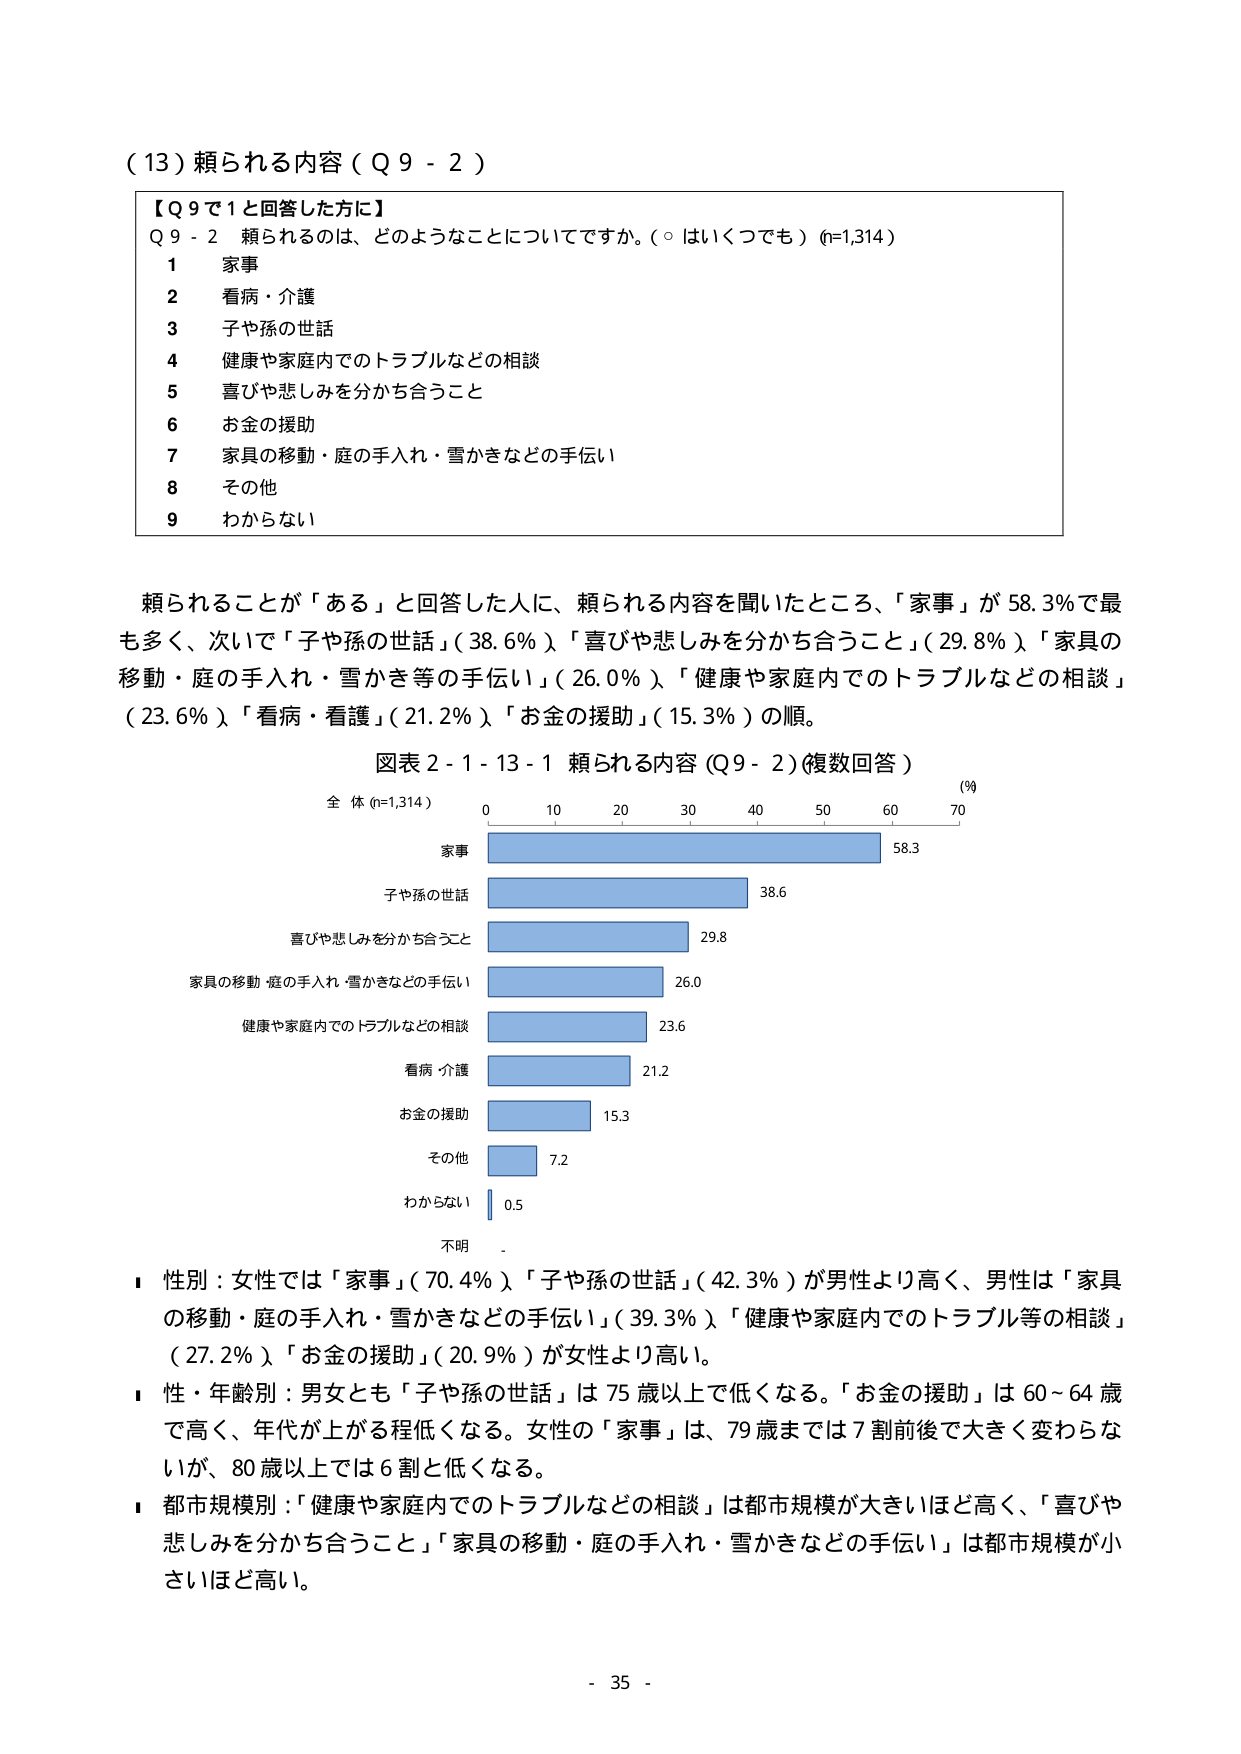
（13）頼られる内容（Q9-2）

【Q9で1と回答した方に】
Q9-2 頼られるのは、どのようなことについてですか。（○はいくつでも）(n=1,314)
1 家事
2 看病・介護
3 子や孫の世話
4 健康や家庭内でのトラブルなどの相談
5 喜びや悲しみを分かち合うこと
6 お金の援助
7 家具の移動・庭の手入れ・雪かきなどの手伝い
8 その他
9 わからない

頼られることが「ある」と回答した人に、頼られる内容を聞いたところ、「家事」が58.3％で最も多く、次いで「子や孫の世話」（38.6％）、「喜びや悲しみを分かち合うこと」（29.8％）、「家具の移動・庭の手入れ・雪かき等の手伝い」（26.0％）、「健康や家庭内でのトラブルなどの相談」（23.6％）、「看病・看護」（21.2％）、「お金の援助」（15.3％）の順。

図表2-1-13-1 頼られる内容（Q9-2）（複数回答）
全体（n=1,314）
(％)
0 10 20 30 40 50 60 70
家事 58.3
子や孫の世話 38.6
喜びや悲しみを分かち合うこと 29.8
家具の移動・庭の手入れ・雪かきなどの手伝い 26.0
健康や家庭内でのトラブルなどの相談 23.6
看病・介護 21.2
お金の援助 15.3
その他 7.2
わからない 0.5
不明 -

■ 性別：女性では「家事」（70.4％）、「子や孫の世話」（42.3％）が男性より高く、男性は「家具の移動・庭の手入れ・雪かきなどの手伝い」（39.3％）、「健康や家庭内でのトラブル等の相談」（27.2％）、「お金の援助」（20.9％）が女性より高い。
■ 性・年齢別：男女とも「子や孫の世話」は75歳以上で低くなる。「お金の援助」は60～64歳で高く、年代が上がる程低くなる。女性の「家事」は、79歳までは7割前後で大きく変わらないが、80歳以上では6割と低くなる。
■ 都市規模別：「健康や家庭内でのトラブルなどの相談」は都市規模が大きいほど高く、「喜びや悲しみを分かち合うこと」「家具の移動・庭の手入れ・雪かきなどの手伝い」は都市規模が小さいほど高い。

- 35 -